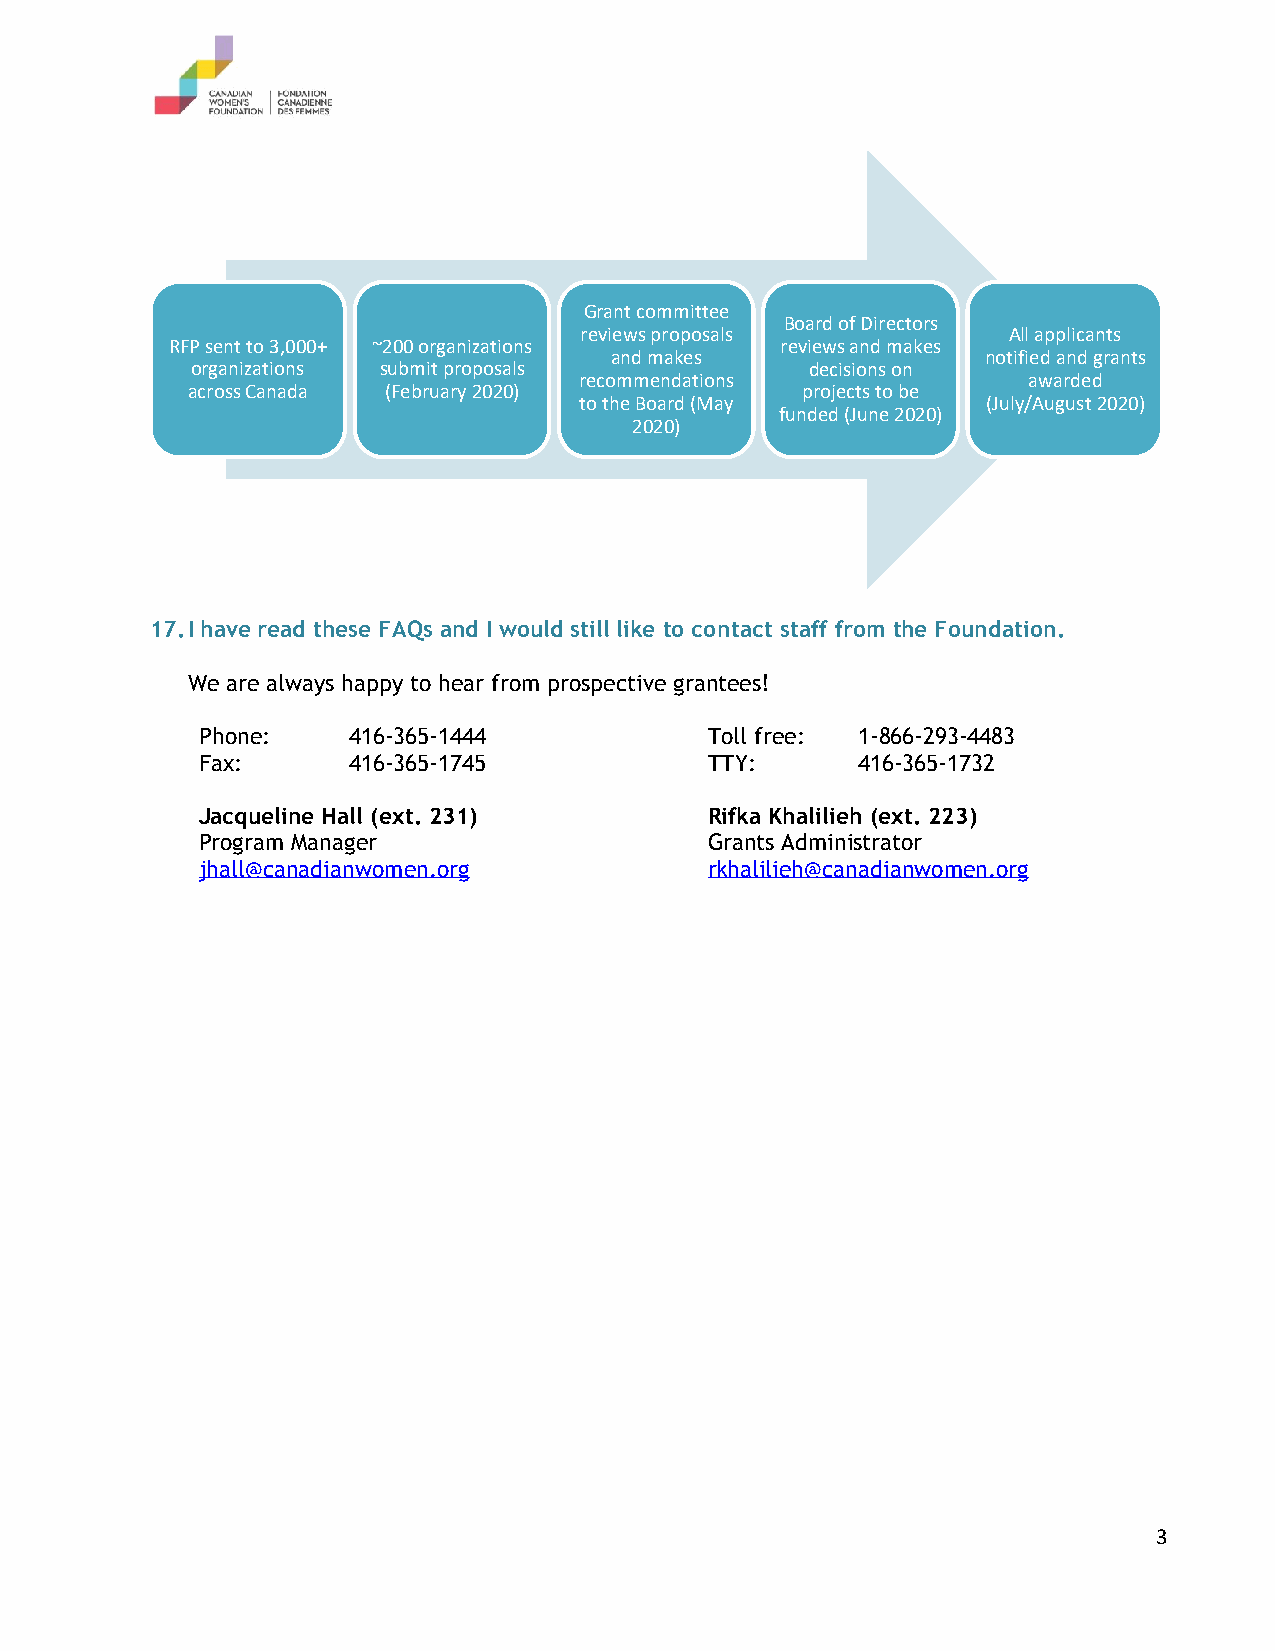
Grant committee
 Board of Directors
 reviews proposals            All applicants
 RFP sent to 3,000+ ~200 organizations    reviews and makes
 and makes                notified and grants
 organizations submit proposals           decisions on
 recommendations               awarded
 across Canada (February 2020)            projects to be
 to the Board (May          (July/August 2020)
 funded (June 2020)
 2020)
 17. I have read these FAQs and I would still like to contact staff from the Foundation.
 We are always happy to hear from prospective grantees!
 Phone:    416-365-1444            Toll free: 1-866-293-4483
 Fax:      416-365-1745            TTY:      416-365-1732
 Jacqueline Hall (ext. 231)        Rifka Khalilieh (ext. 223)
 Program Manager                   Grants Administrator
 jhall@canadianwomen.org           rkhalilieh@canadianwomen.org
 3